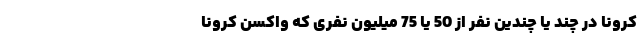
کرونا در چند یا چندین نفر از 50 یا 75 میلیون نفری که واکسن کرونا